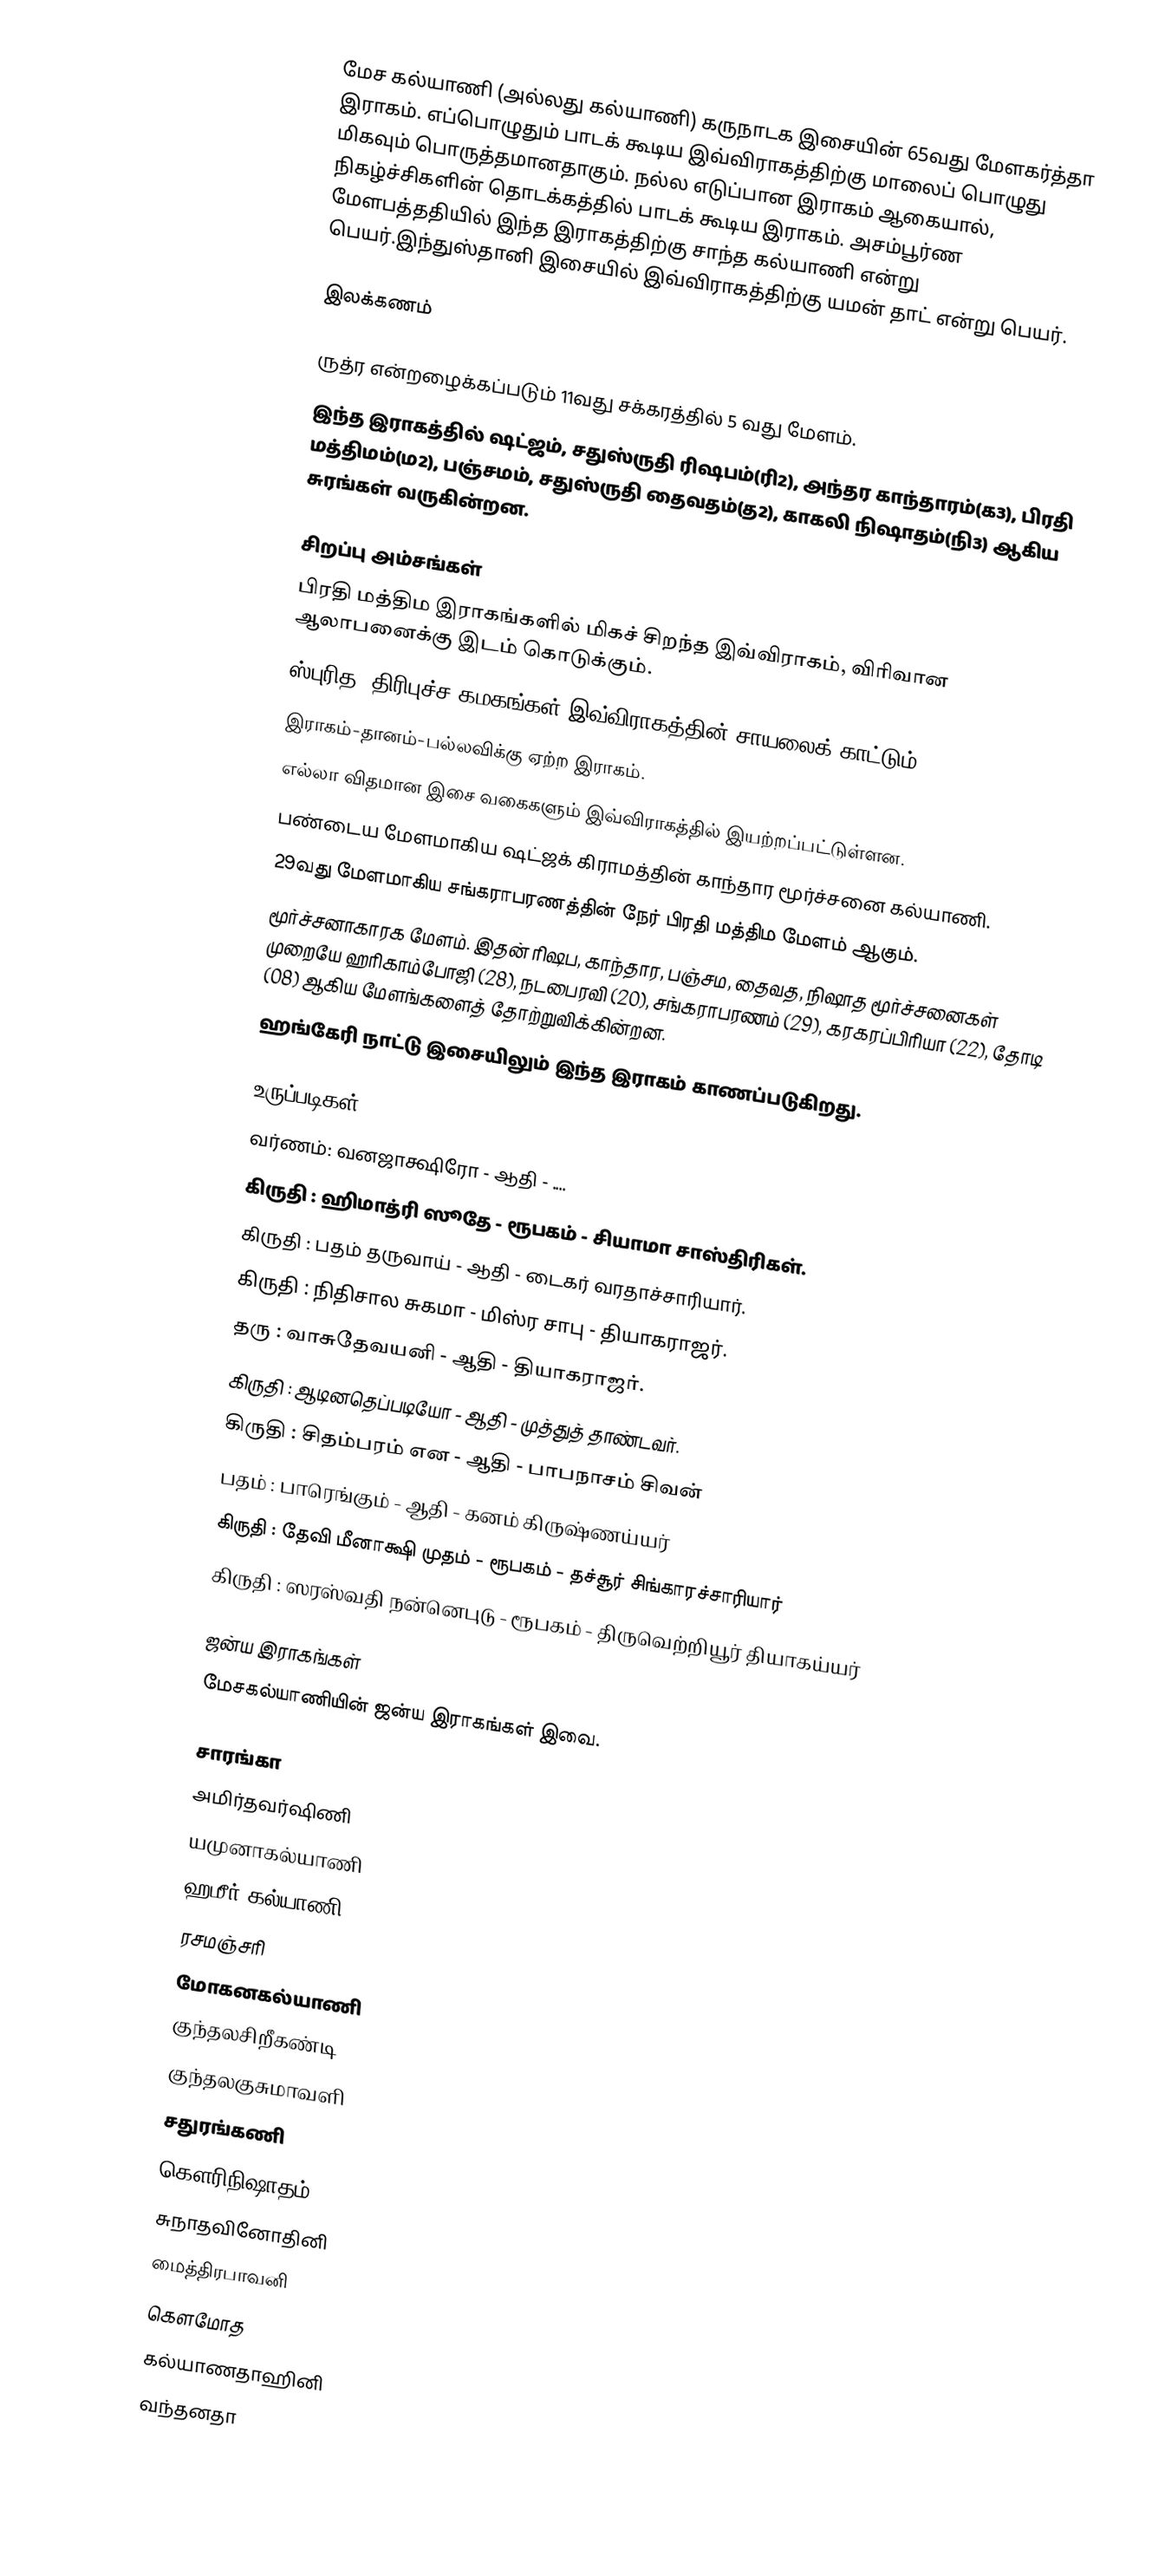
மேச கல்யாணி (அல்லது கல்யாணி) கருநாடக இசையின் 65வது மேளகர்த்தா இராகம். எப்பொழுதும் பாடக் கூடிய இவ்விராகத்திற்கு மாலைப் பொழுது மிகவும் பொருத்தமானதாகும். நல்ல எடுப்பான இராகம் ஆகையால், நிகழ்ச்சிகளின் தொடக்கத்தில் பாடக் கூடிய இராகம். அசம்பூர்ண மேளபத்ததியில் இந்த இராகத்திற்கு சாந்த கல்யாணி என்று பெயர்.இந்துஸ்தானி இசையில் இவ்விராகத்திற்கு யமன் தாட் என்று பெயர்.

இலக்கணம்

 ருத்ர என்றழைக்கப்படும் 11வது சக்கரத்தில் 5 வது மேளம்.
 இந்த இராகத்தில் ஷட்ஜம், சதுஸ்ருதி ரிஷபம்(ரி2), அந்தர காந்தாரம்(க3), பிரதி மத்திமம்(ம2), பஞ்சமம், சதுஸ்ருதி தைவதம்(த2), காகலி நிஷாதம்(நி3) ஆகிய சுரங்கள் வருகின்றன.

சிறப்பு அம்சங்கள்
 பிரதி மத்திம இராகங்களில் மிகச் சிறந்த இவ்விராகம், விரிவான ஆலாபனைக்கு இடம் கொடுக்கும்.
 ஸ்புரித, திரிபுச்ச கமகங்கள் இவ்விராகத்தின் சாயலைக் காட்டும்.
 இராகம்-தானம்-பல்லவிக்கு ஏற்ற இராகம்.
 எல்லா விதமான இசை வகைகளும் இவ்விராகத்தில் இயற்றப்பட்டுள்ளன.
 பண்டைய மேளமாகிய ஷட்ஜக் கிராமத்தின் காந்தார மூர்ச்சனை கல்யாணி.
 29வது மேளமாகிய சங்கராபரணத்தின் நேர் பிரதி மத்திம மேளம் ஆகும்.
 மூர்ச்சனாகாரக மேளம். இதன் ரிஷப, காந்தார, பஞ்சம, தைவத, நிஷாத மூர்ச்சனைகள் முறையே ஹரிகாம்போஜி (28), நடபைரவி (20), சங்கராபரணம் (29), கரகரப்பிரியா (22), தோடி (08) ஆகிய மேளங்களைத் தோற்றுவிக்கின்றன.
 ஹங்கேரி நாட்டு இசையிலும் இந்த இராகம் காணப்படுகிறது.

உருப்படிகள்
 வர்ணம்: வனஜாக்ஷிரோ		- ஆதி		- ....
 கிருதி	: ஹிமாத்ரி ஸூதே	- ரூபகம்		- சியாமா சாஸ்திரிகள்.
 கிருதி	: பதம் தருவாய்		- ஆதி		- டைகர் வரதாச்சாரியார்.
 கிருதி	: நிதிசால சுகமா		- மிஸ்ர சாபு	- தியாகராஜர்.
 தரு  :  வாசுதேவயனி		- ஆதி	- தியாகராஜர்.
 கிருதி	: ஆடினதெப்படியோ	- ஆதி		- முத்துத் தாண்டவர்.
 கிருதி : சிதம்பரம் என		- ஆதி	- பாபநாசம் சிவன்
 பதம் :  பாரெங்கும்		- ஆதி	- கனம் கிருஷ்ணய்யர்
 கிருதி : தேவி மீனாக்ஷி முதம்	- ரூபகம்	- தச்சூர் சிங்காரச்சாரியார்
 கிருதி : ஸரஸ்வதி நன்னெபுடு	- ரூபகம்	- திருவெற்றியூர் தியாகய்யர்

ஜன்ய இராகங்கள்
மேசகல்யாணியின் ஜன்ய இராகங்கள் இவை.

 சாரங்கா
 அமிர்தவர்ஷிணி
 யமுனாகல்யாணி
 ஹமீர் கல்யாணி
 ரசமஞ்சரி
 மோகனகல்யாணி
 குந்தலசிறீகண்டி
 குந்தலகுசுமாவளி
 சதுரங்கணி
 கௌரிநிஷாதம்
 சுநாதவினோதினி
 மைத்திரபாவனி
 கௌமோத
 கல்யாணதாஹினி
 வந்தனதா